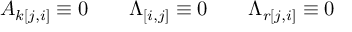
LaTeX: A _ { k [ j , i ] } \equiv 0 \qquad \Lambda _ { [ i , j ] } \equiv 0 \qquad \Lambda _ { r [ j , i ] } \equiv 0